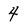
Character: 4